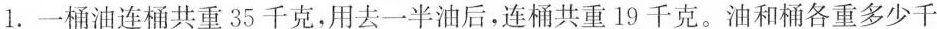
1.一桶油连桶共重35千克，用去一半油后，连桶共重19千克。油和桶各重多少千